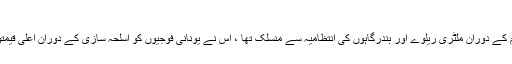
عظیم ہولڈرز نے دیکھا
یہ ریل روڈ ، جو پہلی جنگ عظیم کے دوران ملٹری ریلوے اور بندرگاہوں کی انتظامیہ سے منسلک تھا ، اس نے یونانی فوجیوں کو اسلحہ سازی کے دوران اعلی قیمتوں کے عوض نقد رقم بھی لیا تھا۔